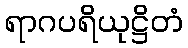
ရာဂပရိယုဋ္ဌိတံ